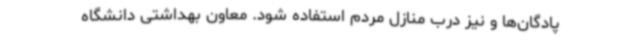
پادگان‌ها و نیز درب منازل مردم استفاده شود. معاون بهداشتی دانشگاه